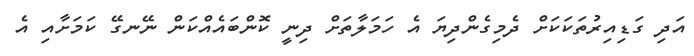
އަދި ގަޑިއިރުތަކަކަށް ދެމިގެންދިޔަ އެ ހަމަލާތަށް ދިނީ ކޮންބައެއްކަން ނޭނގޭ ކަމަށާއި އެ